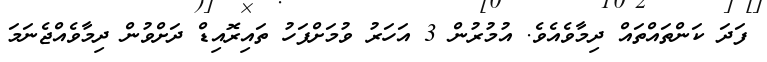
ފަދަ ކަންތައްތައް ދިމާވެއެވެ. އުމުރުން 3 އަހަރު ވުމަށްފަހު ތައިރޮއިޑް ދަށްވުން ދިމާވެއްޖެނަމަ